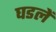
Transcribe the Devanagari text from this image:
घडलें